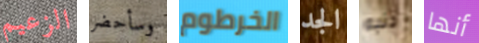
الزعيم وسأحضر الخرطوم الجد ذنبه أنها